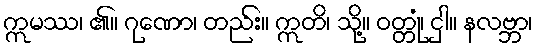
ဣမဿ၊ ၏။ ဂုဏော၊ တည်း။ ဣတိ၊ သို့။ ဝတ္တုံ၊ ငှါ။ နလဗ္ဘာ၊